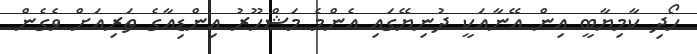
ހޯދި ކާމިޔާބީ އިން އޭނާއަކީ ދުނިޔޭގައި އެންމެ މަޝްހޫރު އިންޑިއާގެ ތަރިއަށް ވެގެން